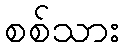
စစ်သား